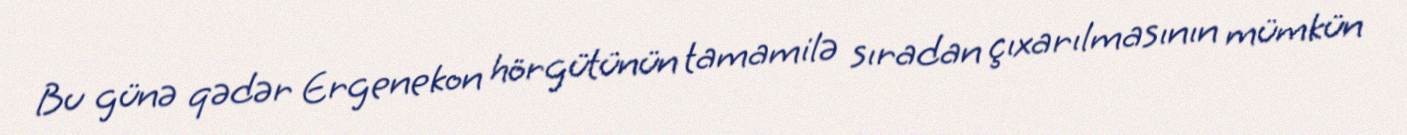
Bu günə qədər Ergenekon hörgütünün tamamilə sıradan çıxarılmasının mümkün